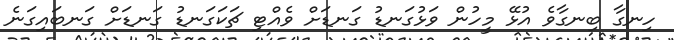
ހިނގާ ބިނގާވެ އުޅޭ މީހުން ވަޅުގަނޑު ގަނޑަށް ވެއްޓި ޗަކަގަނޑު ގަނޑަށް ގަނބައިގަނެ